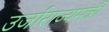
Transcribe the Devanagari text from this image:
उर्जाराज्यमंत्री